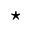
\star